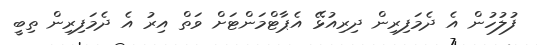
ފުލުހުން އެ ދެމަފިރިން ދިރިއުޅޭ އެޕާޓްމަންޓަށް ވަތް އިރު އެ ދެމަފިރިން ތިބީ